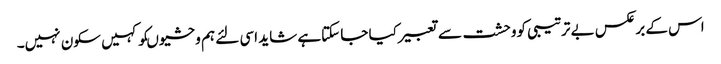
اس کے برعکس بے ترتیبی کووحشت سے تعبیرکیا جا سکتاہے شاید اسی لئے ہم وحشیوںکو کہیں سکون نہیں۔